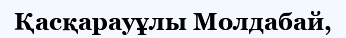
Қасқарауұлы Молдабай,